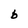
Character: b